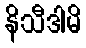
နိသီဒါမိ